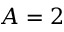
A = 2